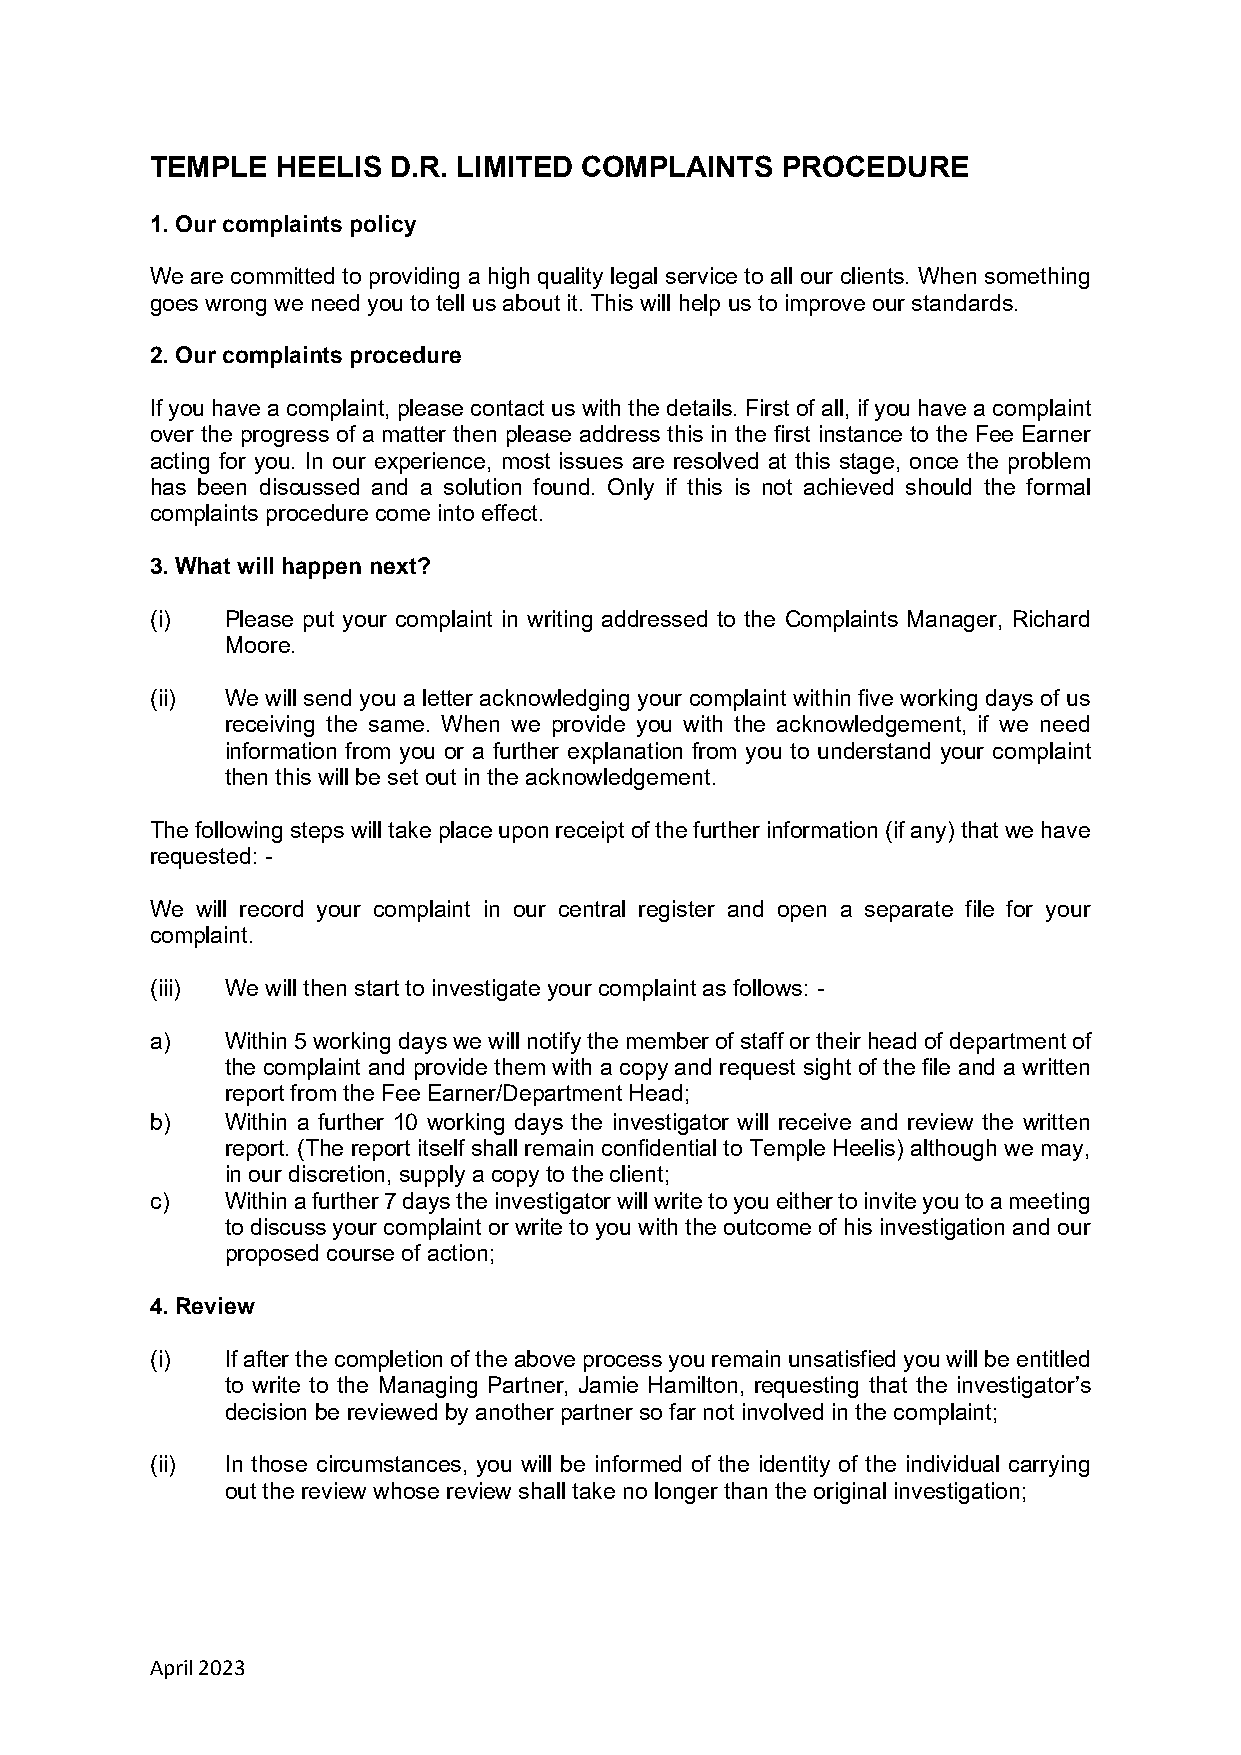
TEMPLE  HEELIS  D.R. LIMITED COMPLAINTS   PROCEDURE
 1. Our complaints policy
 We are committed to providing a high quality legal service to all our clients. When something
 goes wrong we need you to tell us about it. This will help us to improve our standards.
 2. Our complaints procedure
 If you have a complaint, please contact us with the details. First of all, if you have a complaint
 over the progress of a matter then please address this in the first instance to the Fee Earner
 acting for you. In our experience, most issues are resolved at this stage, once the problem
 has been discussed and a solution found. Only if this is not achieved should the formal
 complaints procedure come into effect.
 3. What will happen next?
 (i)  Please put your complaint in writing addressed to the Complaints Manager, Richard
 Moore.
 (ii) We will send you a letter acknowledging your complaint within five working days of us
 receiving the same. When we provide you with the acknowledgement, if we need
 information from you or a further explanation from you to understand your complaint
 then this will be set out in the acknowledgement.
 The following steps will take place upon receipt of the further information (if any) that we have
 requested: -
 We will record your complaint in our central register and open a separate file for your
 complaint.
 (iii) We will then start to investigate your complaint as follows: -
 a)   Within 5 working days we will notify the member of staff or their head of department of
 the complaint and provide them with a copy and request sight of the file and a written
 report from the Fee Earner/Department Head;
 b)   Within a further 10 working days the investigator will receive and review the written
 report. (The report itself shall remain confidential to Temple Heelis) although we may,
 in our discretion, supply a copy to the client;
 c)   Within a further 7 days the investigator will write to you either to invite you to a meeting
 to discuss your complaint or write to you with the outcome of his investigation and our
 proposed course of action;
 4. Review
 (i)  If after the completion of the above process you remain unsatisfied you will be entitled
 to write to the Managing Partner, Jamie Hamilton, requesting that the investigator’s
 decision be reviewed by another partner so far not involved in the complaint;
 (ii) In those circumstances, you will be informed of the identity of the individual carrying
 out the review whose review shall take no longer than the original investigation;
 April 2023